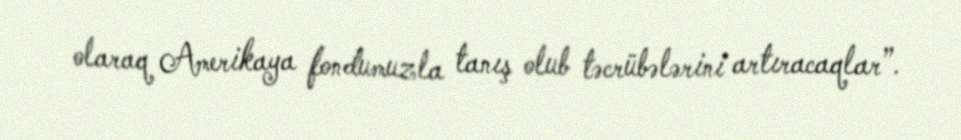
olaraq Amerikaya fondumuzla tanış olub təcrübələrini artıracaqlar”.